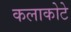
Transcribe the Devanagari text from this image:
कलाकोटे